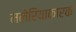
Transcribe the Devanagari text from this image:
मलेरियाकारक